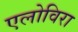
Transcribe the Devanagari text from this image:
एलोविरा